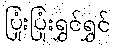
ပြုံးပြုံးရွှင်ရွှင်